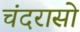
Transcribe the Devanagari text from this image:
चंदरासो